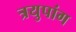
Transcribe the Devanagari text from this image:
त्रयुपांग